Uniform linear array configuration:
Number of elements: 8
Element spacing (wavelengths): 0.25
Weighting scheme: uniform
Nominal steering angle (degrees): -15
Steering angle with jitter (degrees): -13.607
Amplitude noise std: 0.05
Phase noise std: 0.05

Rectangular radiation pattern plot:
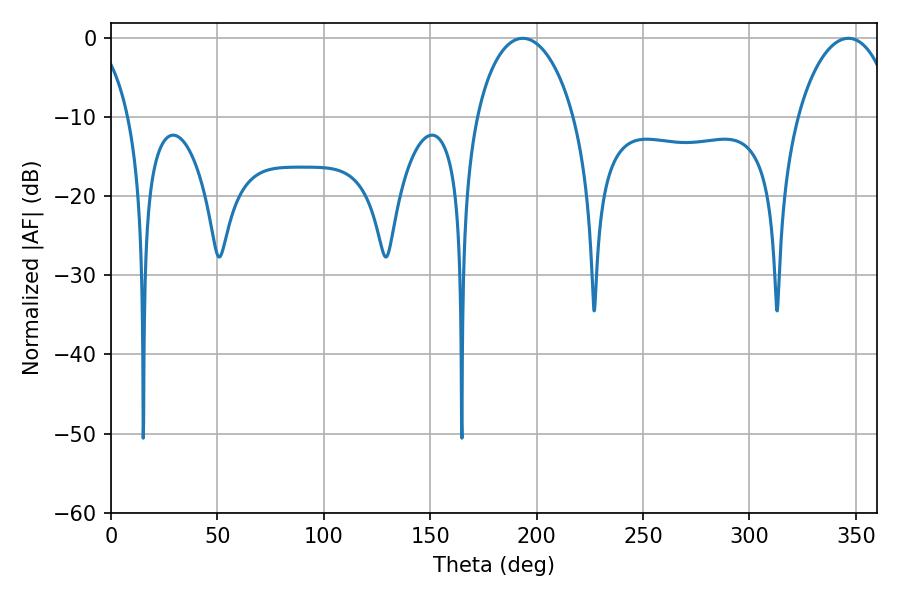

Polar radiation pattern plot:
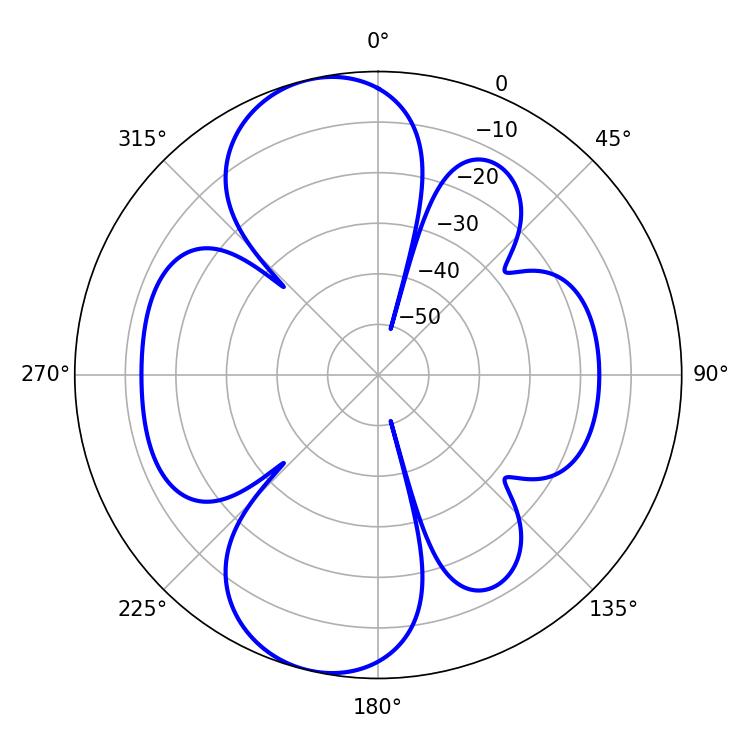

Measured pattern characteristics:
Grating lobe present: FALSE
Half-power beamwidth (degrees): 26.28
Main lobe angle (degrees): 193.5